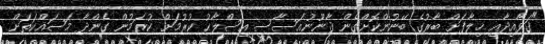
"ޤަވާއިދާއި ޚިލާފަށް ބާރުގެ ބޭނުންކޮށްގެން ޤާނޫނުއަސާސީ އިސްލާޙު ކުރުމަށް ކުރަމުން ގެންދާ މަސައްކަތަށް